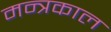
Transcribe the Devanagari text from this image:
मन्त्रकाल